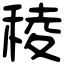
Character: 稜